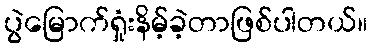
ပွဲမြောက်ရှုံးနိမ့်ခဲ့တာဖြစ်ပါတယ်။